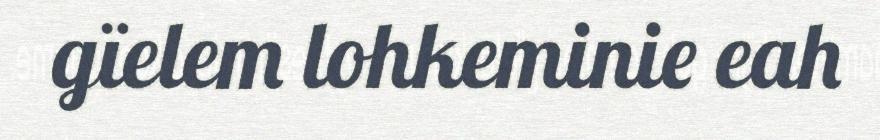
gïelem lohkeminie eah